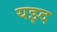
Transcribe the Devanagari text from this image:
यझ्द